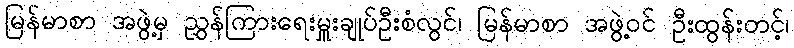
မြန်မာစာ အဖွဲ့မှ ညွှန်ကြားရေးမှူးချုပ်ဦးစံလွင်၊ မြန်မာစာ အဖွဲ့ဝင် ဦးထွန်းတင့်၊